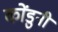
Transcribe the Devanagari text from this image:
कोंडुनी